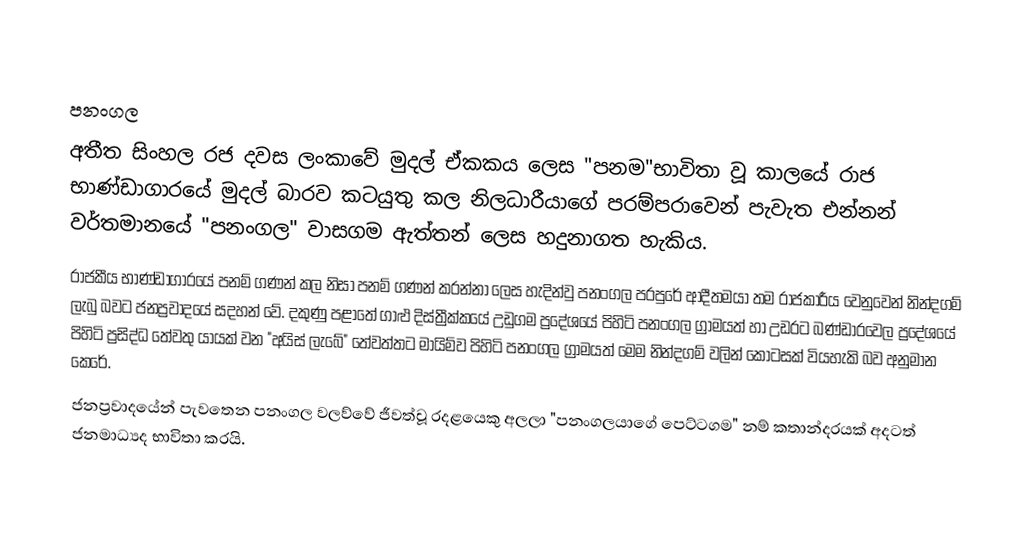

පනංගල
අතීත සිංහල රජ දවස ලංකාවේ මුදල් ඒකකය ලෙස "පනම"භාවිතා වූ කාලයේ රාජ භාණ්ඩාගාරයේ මුදල් බාරව කටයුතු කල නිලධාරීයාගේ පරම්පරාවෙන් පැවැත එන්නන් වර්තමානයේ "පනංගල" වාසගම ඇත්තන් ලෙස හදුනාගත හැකිය.
රාජකීය භාණ්ඩාගාරයේ පනම් ගණන් කල නිසා පනම් ගණන් කරන්නා ලෙස හැදින්වු පනංගල පරපුරේ ආදීතමයා තම රාජකාරීය වෙනුවෙන් නින්දගම් ලැබු බවට ජනප්‍රවාදයේ සදහන් වේ. දකුණු පළාතේ ගාළු දිස්ත්‍රීක්කයේ උඩුගම ප්‍රදේශයේ පිහිටි පනංගල ග්‍රාමයත් හා උඩරට බණ්ඩාරවෙල ප්‍රදේශයේ පිහිටි ප්‍රසිද්ධ තේවතු යායක් වන "අයිස් ලැබේ" තේවත්තට මායිම්ව පිහිටි පනංගල ග්‍රාමයත් මෙම නින්දගම් වලින් කොටසක් වියහැකි බව අනුමාන කෙරේ.
ජනප්‍රවාදයේන් පැවතෙන පනංගල වලව්වේ ජීවත්වූ රදළයෙකු අලලා "පනංගලයාගේ පෙට්ටගම" නම් කතාන්දරයක් අදටත් ජනමාධ්‍යද භාවිතා කරයි.